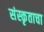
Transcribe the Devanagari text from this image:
संस्कृताचा